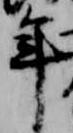
年